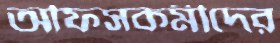
অফিসকর্মীদের